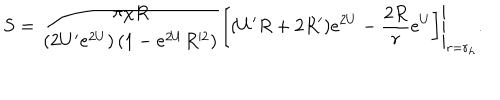
LaTeX: S = \left. \frac { \pi \chi R } { \left( 2 U ^ { \prime } e ^ { 2 U } \right) \left( 1 - e ^ { 2 U } R ^ { 2 } \right) } \left[ ( U ^ { \prime } R + 2 R ^ { \prime } ) e ^ { 2 U } - { \frac { 2 R } { r } } e ^ { U } \right] \right| _ { r = r _ { h } } .